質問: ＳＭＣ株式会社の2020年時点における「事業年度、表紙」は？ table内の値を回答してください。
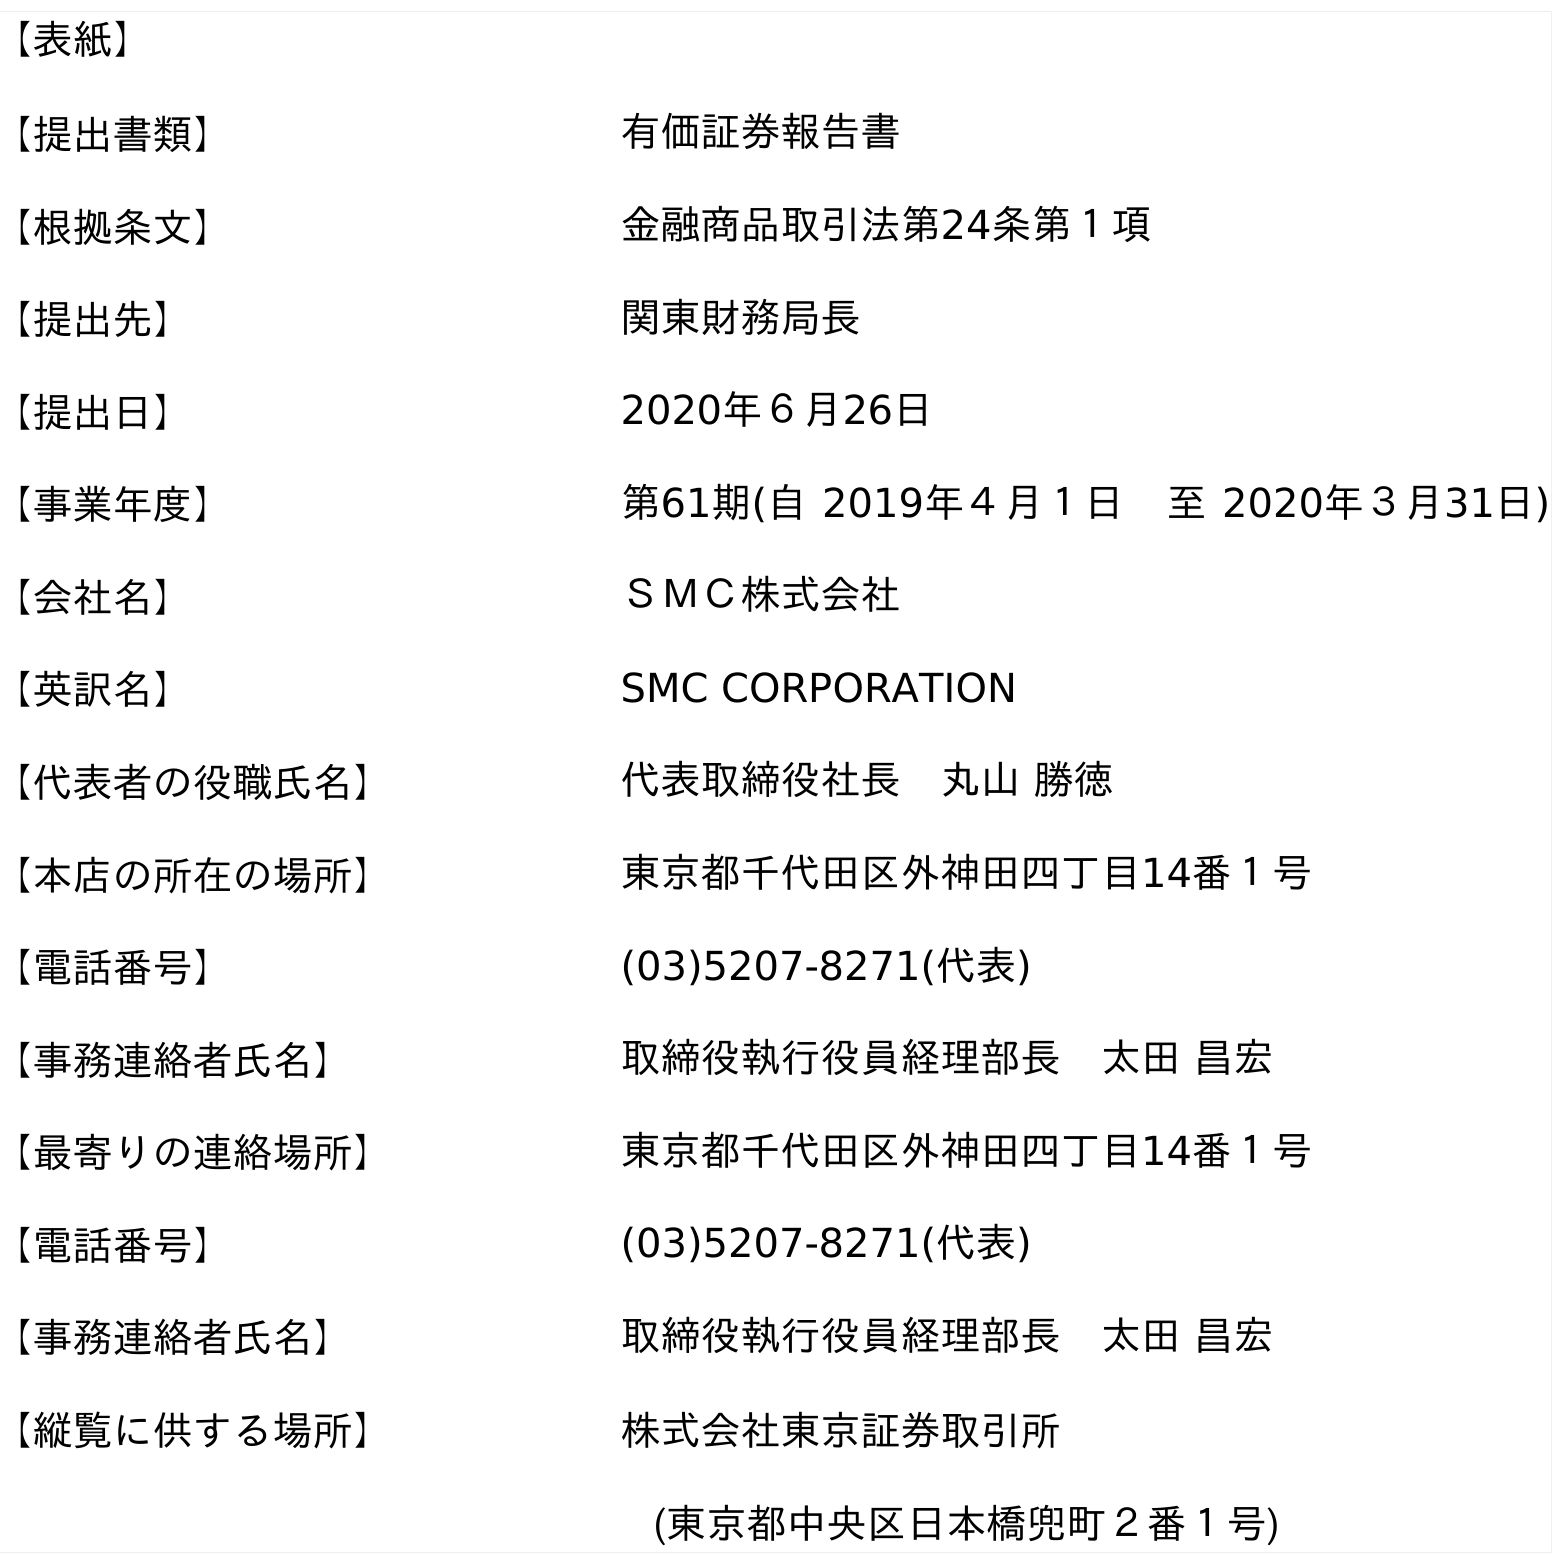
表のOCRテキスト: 【表紙】 【提出書類】 有価証券報告書 【根拠条文】 金融商品取引法第24条第１項 【提出先】 関東財務局長 【提出日】 2020年６月26日 【事業年度】 第61期(自 2019年４月１日 至 2020年３月31日) 【会社名】 ＳＭＣ株式会社 【英訳名】 SMC CORPORATION 【代表者の役職氏名】 代表取締役社長 丸山 勝徳 【本店の所在の場所】 東京都千代田区外神田四丁目14番１号 【電話番号】 (03)5207-8271(代表) 【事務連絡者氏名】 取締役執行役員経理部長 太田 昌宏 【最寄りの連絡場所】 東京都千代田区外神田四丁目14番１号 【電話番号】 (03)5207-8271(代表) 【事務連絡者氏名】 取締役執行役員経理部長 太田 昌宏 【縦覧に供する場所】 株式会社東京証券取引所 (東京都中央区日本橋兜町２番１号)
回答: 第61期(自 2019年４月１日　至 2020年３月31日)